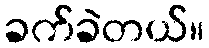
ခက်ခဲတယ်။